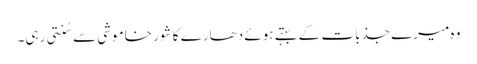
وہ میرے جذبات کے بہتے ہوئے دھارے کا شور خاموشی سے سُنتی رہی۔